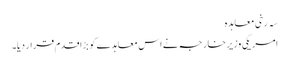
سہ رخی معاہدہ
امریکی وزیرِ خارجہ نے اس معاہدے کو بڑا قدم قرار دیا۔